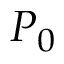
P _ { 0 }